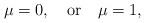
LaTeX: \begin{align*}\mu=0,\quad\mbox{or}\quad\mu=1,\end{align*}